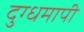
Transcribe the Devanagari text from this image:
दुग्धमापी